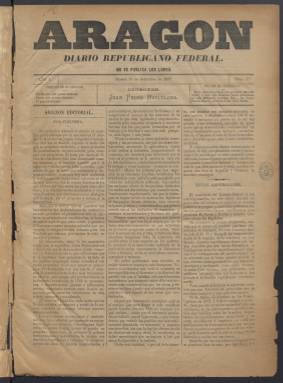
Título: Aragón (Huesca. 1887)
Colección: Periódicos
Ámbito geográfico: Huesca
Lugar de publicación: Huesca
Fechas: 21/09/1887-31/12/1887